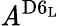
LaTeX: \mathit{A}^{\mathrm{{D6_{L}}}}